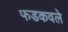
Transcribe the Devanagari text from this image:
फडकवले